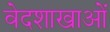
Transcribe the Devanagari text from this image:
वेदशाखाओं